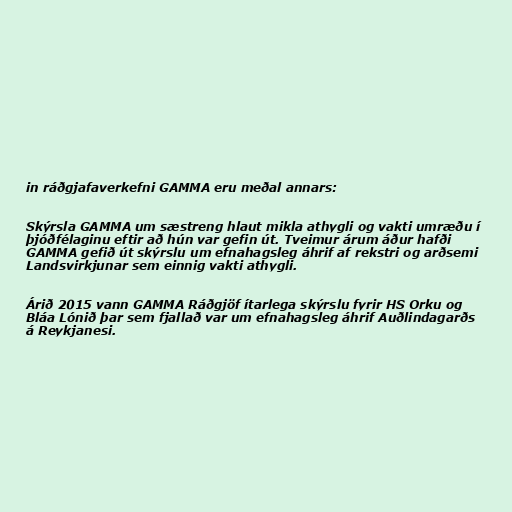
in ráðgjafaverkefni GAMMA eru meðal annars:

Skýrsla GAMMA um sæstreng hlaut mikla athygli og vakti umræðu í
þjóðfélaginu eftir að hún var gefin út. Tveimur árum áður hafði
GAMMA gefið út skýrslu um efnahagsleg áhrif af rekstri og arðsemi
Landsvirkjunar sem einnig vakti athygli.

Árið 2015 vann GAMMA Ráðgjöf ítarlega skýrslu fyrir HS Orku og
Bláa Lónið þar sem fjallað var um efnahagsleg áhrif Auðlindagarðs
á Reykjanesi.